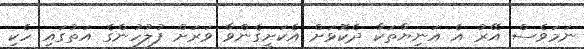
ނަމަވެސް އޭރު އެ އަނިޔާތަކާ ދެކޮޅަށް އެކަށީގެންވާ ވަރަށް ފުލުހުންގެ އަތުގައި ހެކި